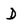
Character: D